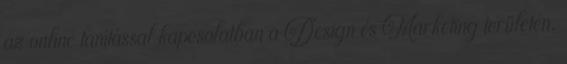
az online tanítással kapcsolatban a Design és Marketing területén.